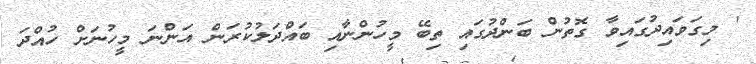
' މިގަވައިދުގައިވާ ގޮތުން ބަންދުގައި ތިބޭ މީހުންނާއި ބައްދަލުކުރަން އަންނަ މީހުނަށް ހުއްދަ